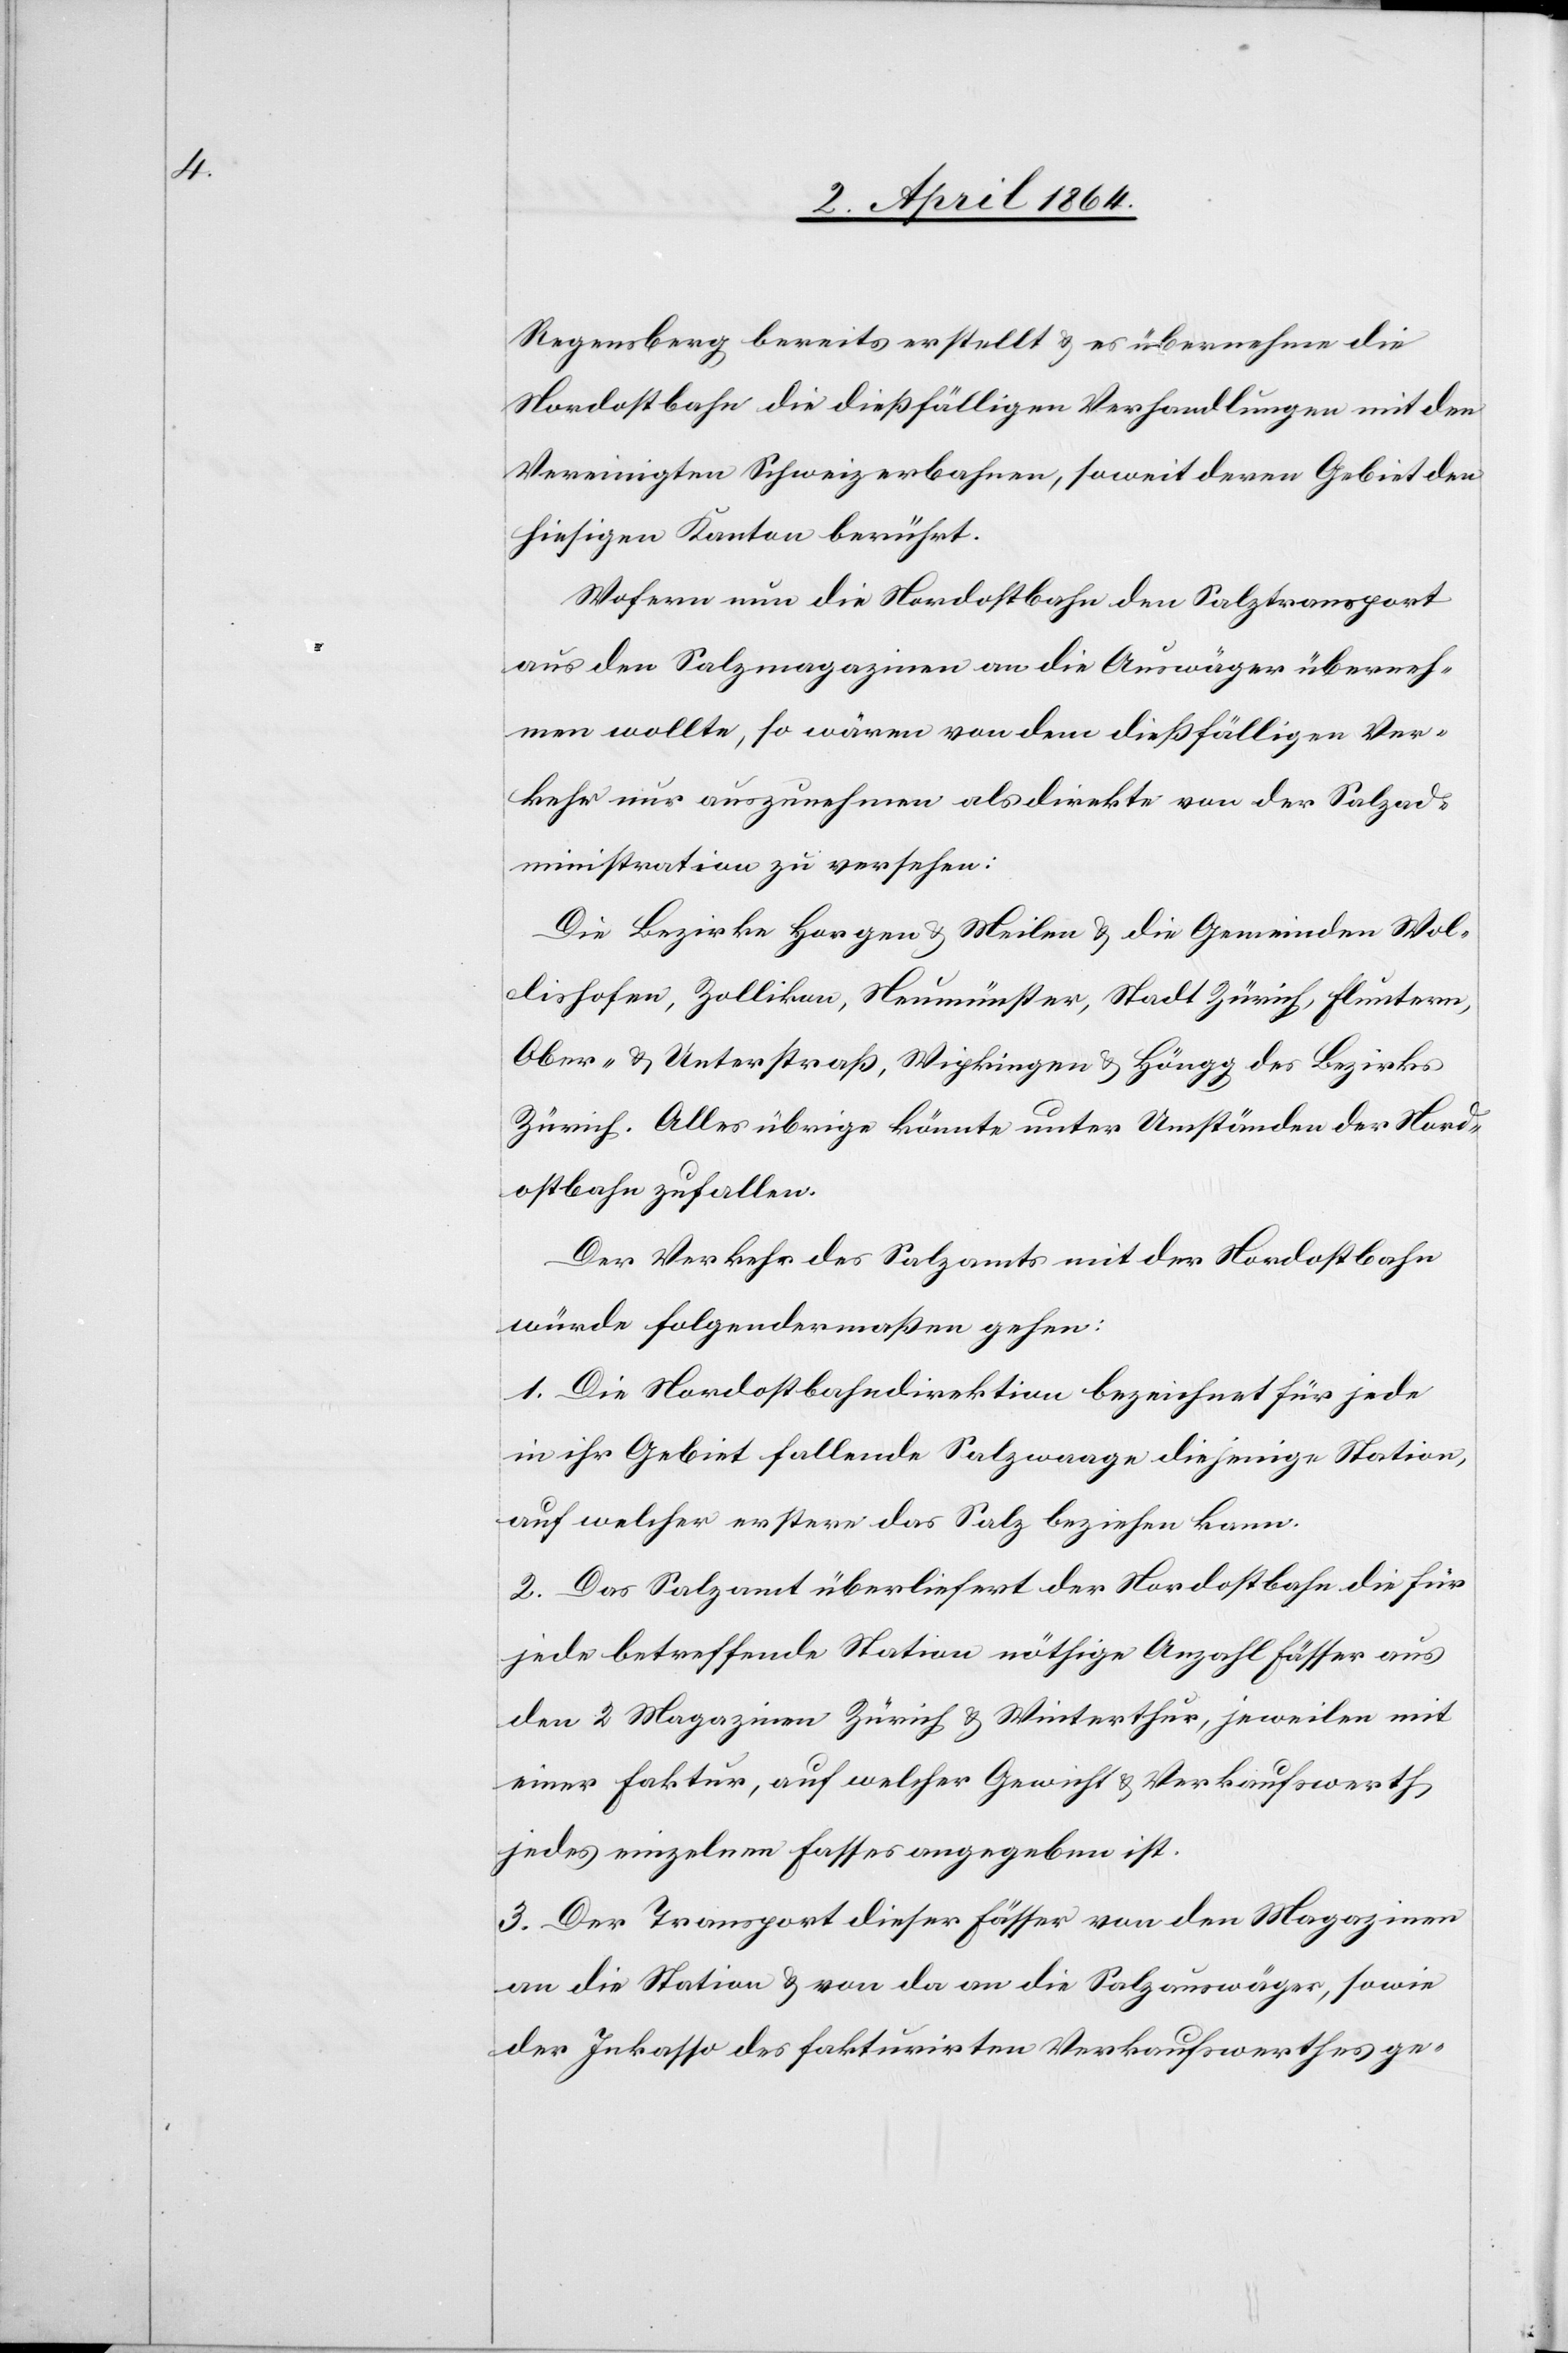
Regensberg bereits erstellt u. es übernehme die
Nordostbahn die dießfälligen Verhandlungen mit den
Vereinigten Schweizerbahnen, soweit deren Gebiet den
hiesigen Kanton berührt.
Wofern nun die Nordostbahn den Salztransport
aus den Salzmagazinen an die Auswäger überneh¬
men wollte, so wären von dem dießfälligen Ver¬
kehr nur auszunehmen als direkte von der Salzad¬
ministration zu versehen:
Die Bezirke Horgen u. Meilen u. die Gemeinden Wol¬
lishofen, Zollikon, Neumünster, Stadt Zürich, Fluntern,
Ober- u. Unterstraß, Wipkingen u. Höngg des Bezirks
Zürich. Alles übrige könnte unter Umständen der Nord¬
ostbahn zufallen.
Der Verkehr des Salzamts mit der Nordostbahn
würde folgendermassen gehen:
1. Die Nordostbahndirektion bezeichnet für jede
in ihr Gebiet fallende Salzwaage diejenige Station,
auf welcher erstere das Salz beziehen kann.
2. Das Salzamt überliefert der Nordostbahn die für
jede betreffende Station nöthige Anzahl Fässer aus
den 2 Magazinen Zürich u. Winterthur, jeweilen mit
einer Faktur, auf welcher Gewicht u. Verkaufswerth
jedes einzelnen Fasses angegeben ist.
3. Der Transport dieser Fässer von den Magazinen
an die Station u. von da an die Salzauswäger, sowie
der Inkasso des fakturirten Verkaufswerthes ge-